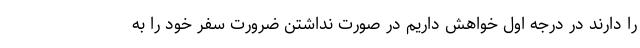
را دارند در درجه اول خواهش داریم در صورت نداشتن ضرورت سفر خود را به